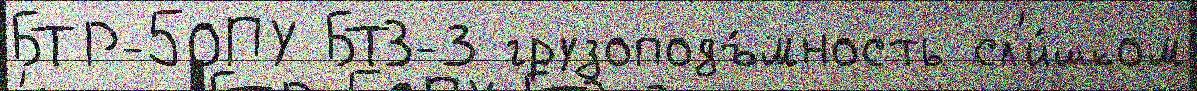
БТР-50ПУ БТЗ-3 грузоподъ́мность сл'и́шком